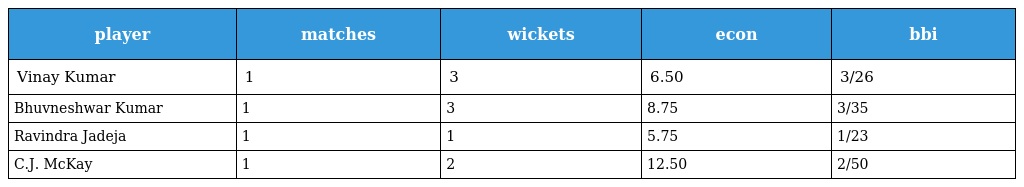
| player | matches | wickets | econ | bbi |
 | --- | --- | --- | --- | --- |
 | Vinay Kumar | 1 | 3 | 6.50 | 3/26 |
 | Bhuvneshwar Kumar | 1 | 3 | 8.75 | 3/35 |
 | Ravindra Jadeja | 1 | 1 | 5.75 | 1/23 |
 | C.J. McKay | 1 | 2 | 12.50 | 2/50 |